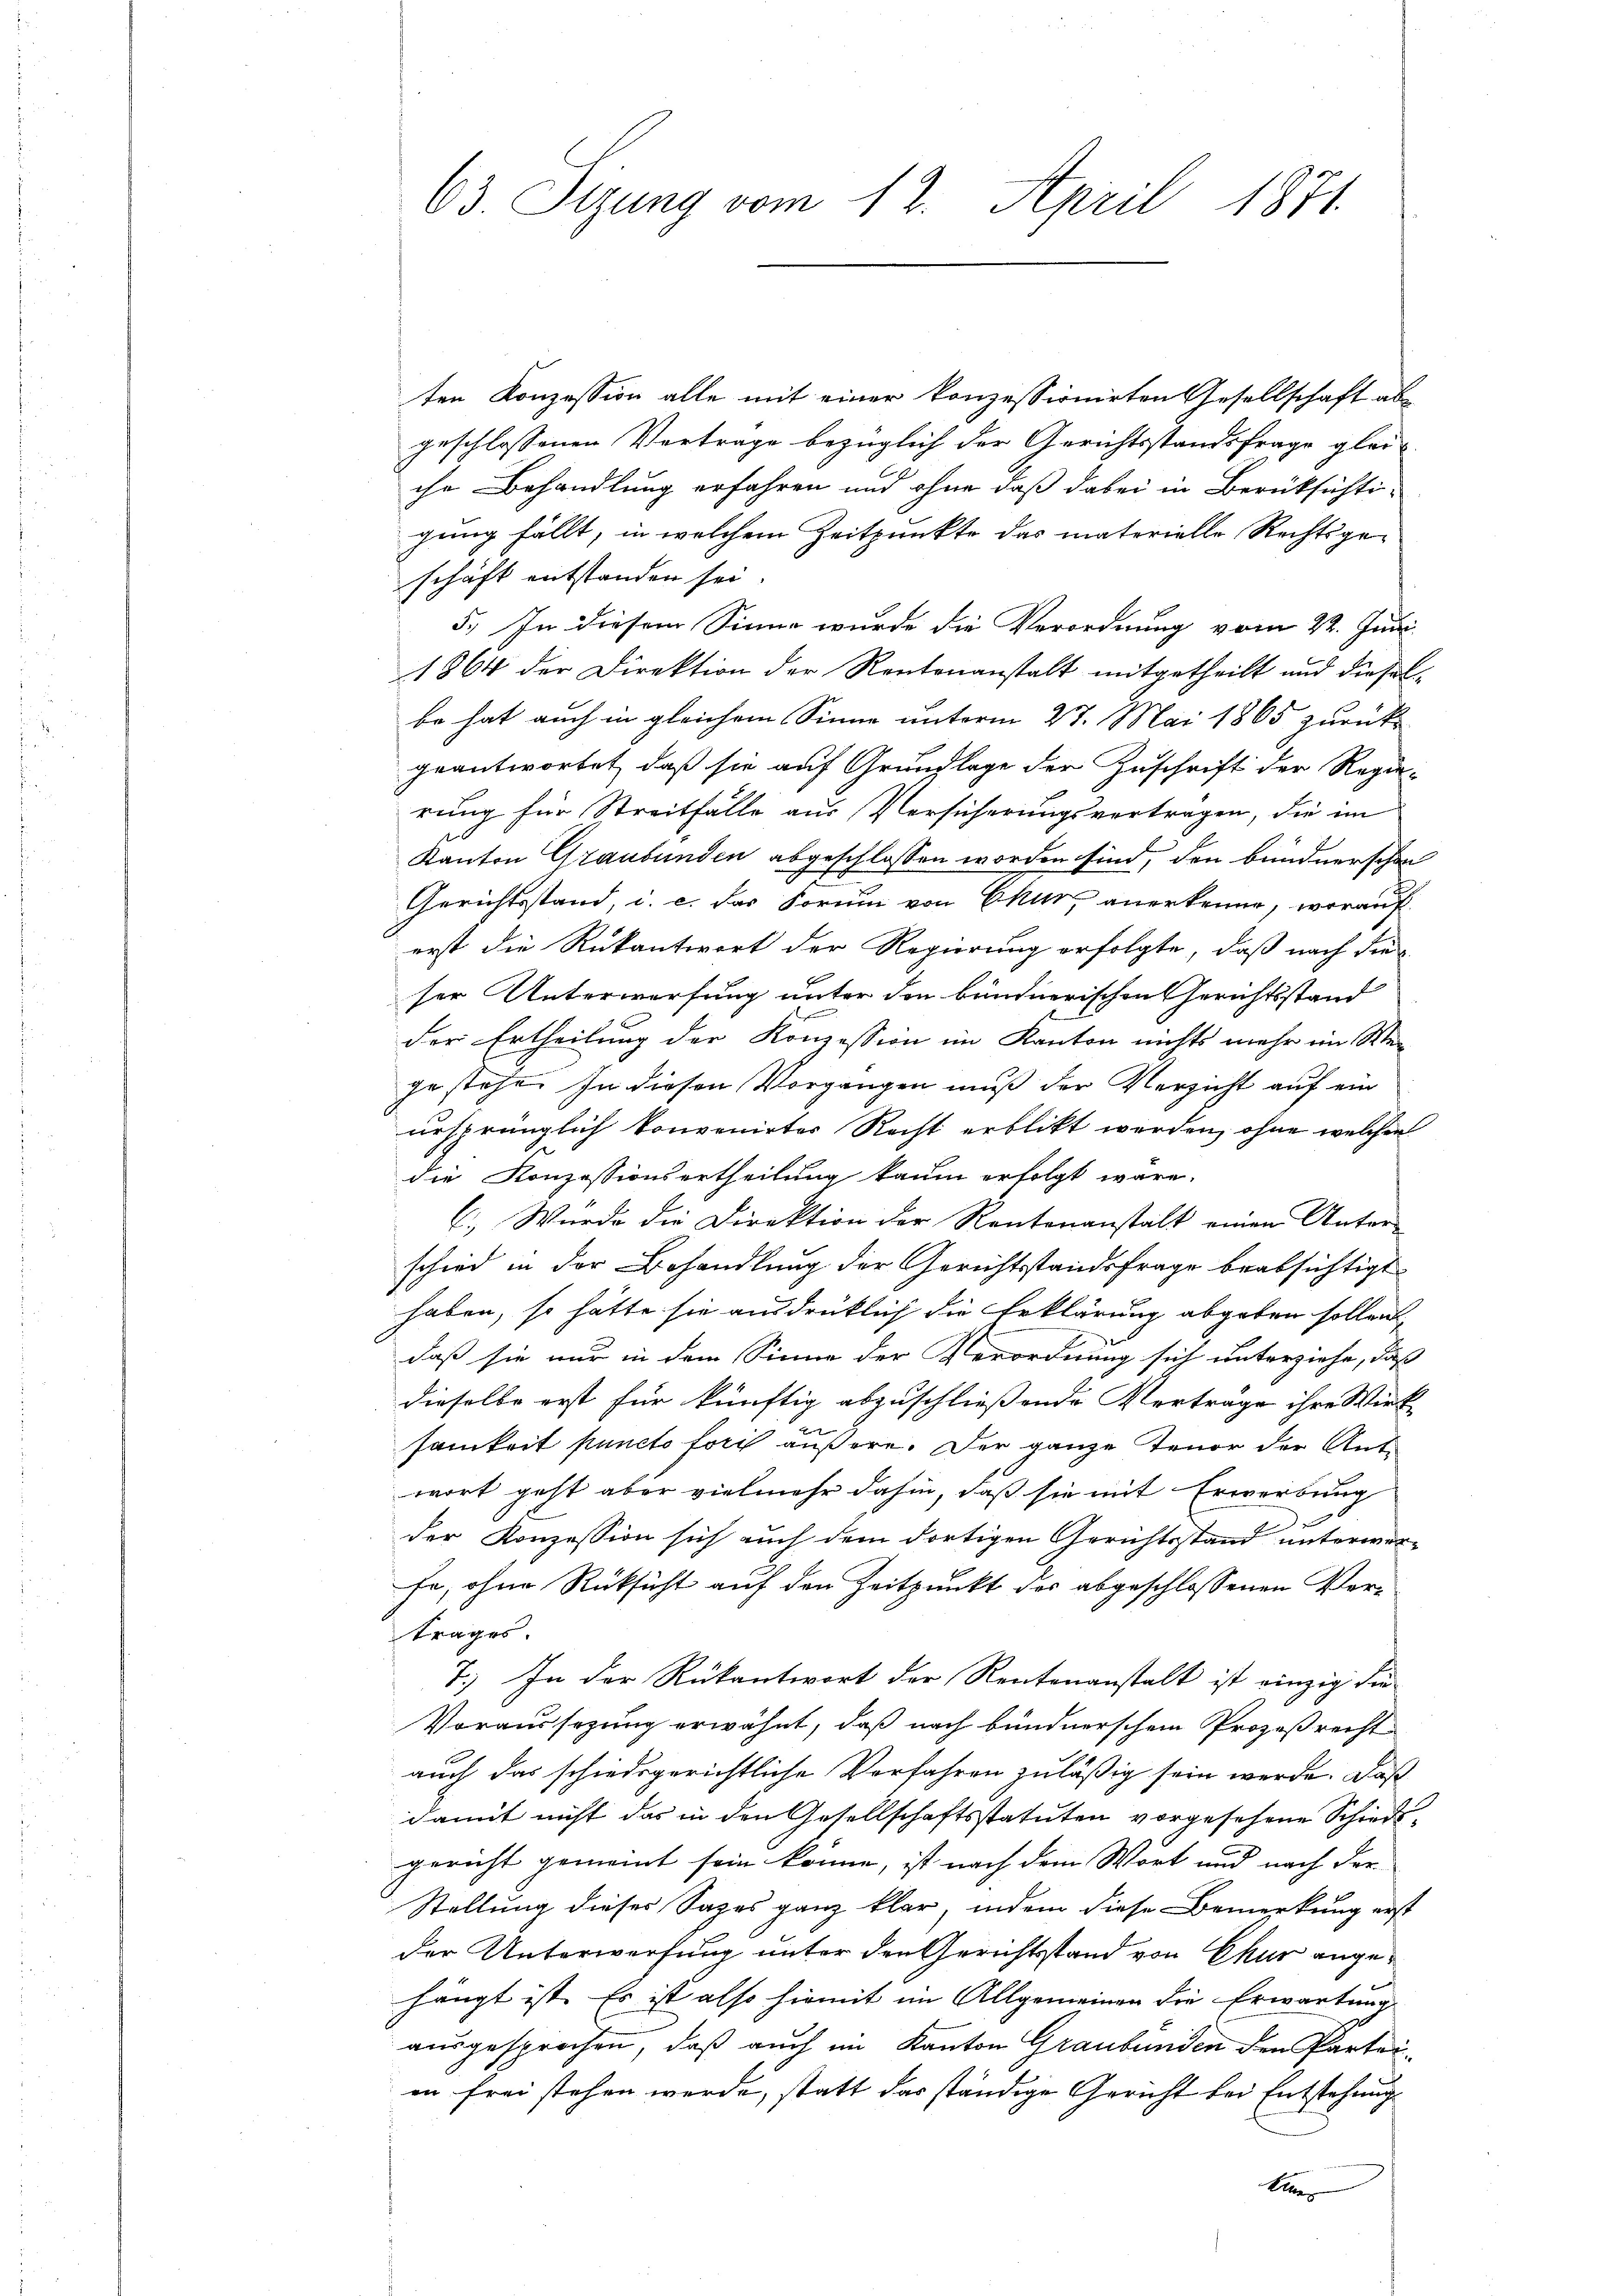
63. Itzung vom 12. April 1871.

ten Konzession alle mit einer konzessionirten Gesellschaft abgeschlossenen Vertrage bezüglich der Gerichtsstandsfrage glei-
che Behandlung erfahren und ohne daß dabei in Berüksichtigung fällt, in welchem Zeitpunkte das materielle Rechtsge-
schäft entstanden sei.
5.) In diesem Sinne wurde die Verordnung vom 22. Juni
1864 der Direktion der Kantonanstalt mitgetheilt und dieser
be hat auch in gleichem Sinne unterm 27. Mai 1865 zurück
geantwortet, daß sie auf Grundlage der Zuschrift der Regie-
rung für Streitfälle aus Versicherungsvertragen, die im
Kanton Graubünden abgeschlossen worden sind, den bundnerschon
Gerichtsstand, i. c. das Forum von Chur, anerkenne, worauf
erst die Rükantiert der Regierung erfolgte, daß nach die
ser Unterwerfung unter den bündnerischen Gerichtsstand
der Ertheilung der Konzession im Kanton nichts mehr im Wegestehe. In diesen Vorgangen muß der Verzicht auf ein
ursprünglich konvenirtes Recht erblickt werden, ohne welchen
die Konzessionsertheilung kaum erfolgt wäre.
C.) Wurde die Direktion der Rentenanstalt einen Unter-
schied in der Behandlung der Gerichtsstandsfrage beabsichtigt
haben, so hätte sie ausdrücklich die Erklärung abgeben sollen,
daß sie nur in dem Sinne der Verordnung sich unterziehe, daß
dieselbe erst für künftig abzuschliessende Verträge ihre Wirk-
samkeit puncto forch äußere. Der ganze Tenor der Antwort geht aber vielmehr dahin, daß sie mit Erwerbung
der Konzession sich auch dem dortigen Gerichtsstand unterwor-
fe, ohne Rüksicht auf den Zeitpunkt des abgeschlossenen Vortrages.
7.) In der Rückantwort der Rentenanstalt ist einzig die
Voraussezung erwähnt, daß nach bundnerschen Prozeßrecht
auch das schiedsgerichtliche Verfahren zuläßig sein werde. Daß
damit nicht das in den Gesellschaftsstatuten vorgesehene Schiedsgericht gemeint sein könne, ist nach dem Wort und nach der
Stellung dieses Sages ganz klar, indem diese Bemerkung erst
der Unterwerfung unter den Gerichtstand von Chur angehängt ist. Es ist also hiemit im Allgemeinen die Erwartung
ausgesprochen, daß auch im Kanton Graubünden den Parteiin frei stehen werde, statt das ständige Gericht bei Entstehung
klaer